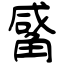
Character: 觱